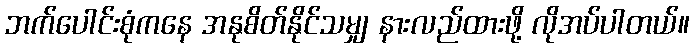
ဘက်ပေါင်းစုံကနေ အနုစိတ်နိုင်သမျှ နားလည်ထားဖို့ လိုအပ်ပါတယ်။